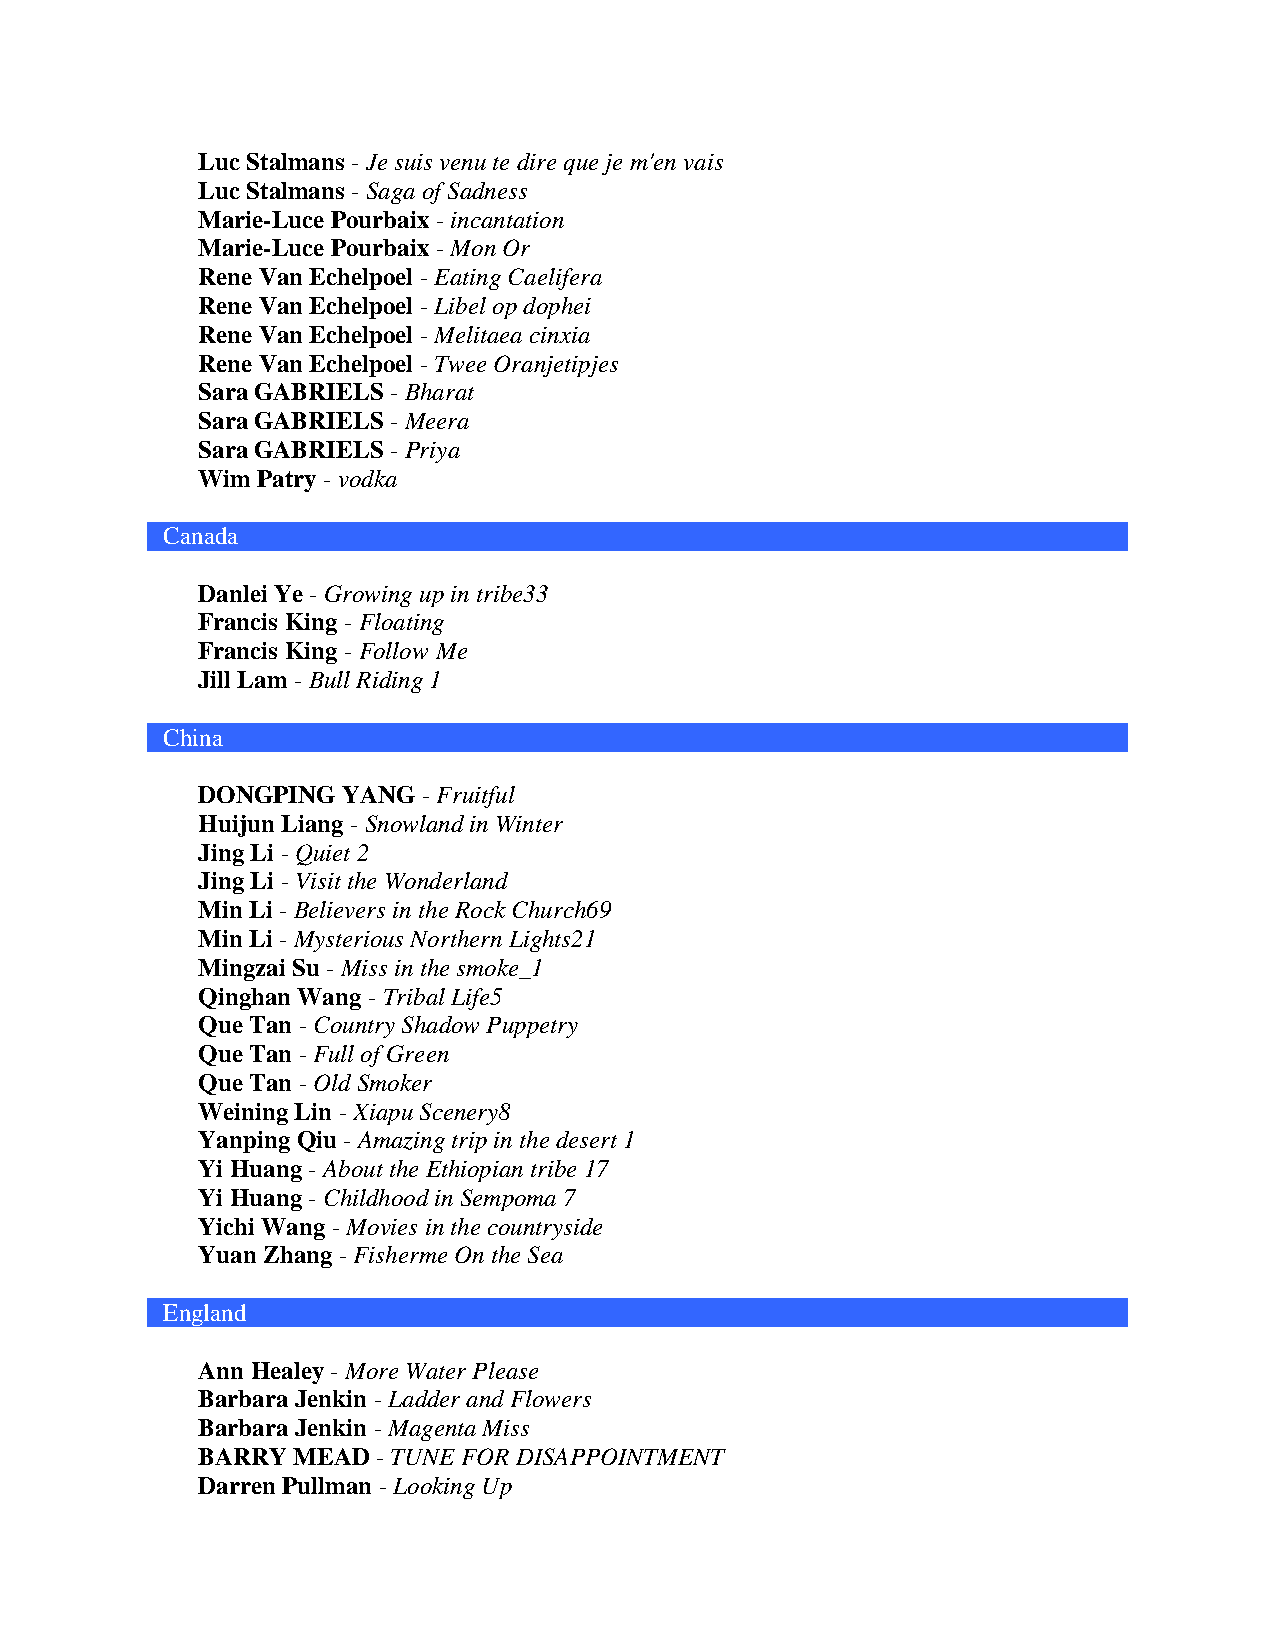
Luc Stalmans - Je suis venu te dire que je m'en vais
 Luc Stalmans - Saga of Sadness
 Marie-Luce Pourbaix - incantation
 Marie-Luce Pourbaix - Mon Or
 Rene Van Echelpoel - Eating Caelifera
 Rene Van Echelpoel - Libel op dophei
 Rene Van Echelpoel - Melitaea cinxia
 Rene Van Echelpoel - Twee Oranjetipjes
 Sara GABRIELS - Bharat
 Sara GABRIELS - Meera
 Sara GABRIELS - Priya
 Wim Patry - vodka
 Canada
 Danlei Ye - Growing up in tribe33
 Francis King - Floating
 Francis King - Follow Me
 Jill Lam - Bull Riding 1
 China
 DONGPING  YANG - Fruitful
 Huijun Liang - Snowland in Winter
 Jing Li - Quiet 2
 Jing Li - Visit the Wonderland
 Min Li - Believers in the Rock Church69
 Min Li - Mysterious Northern Lights21
 Mingzai Su - Miss in the smoke_1
 Qinghan Wang - Tribal Life5
 Que Tan - Country Shadow Puppetry
 Que Tan - Full of Green
 Que Tan - Old Smoker
 Weining Lin - Xiapu Scenery8
 Yanping Qiu - Amazing trip in the desert 1
 Yi Huang - About the Ethiopian tribe 17
 Yi Huang - Childhood in Sempoma 7
 Yichi Wang - Movies in the countryside
 Yuan Zhang - Fisherme On the Sea
 England
 Ann Healey - More Water Please
 Barbara Jenkin - Ladder and Flowers
 Barbara Jenkin - Magenta Miss
 BARRY MEAD  - TUNE FOR DISAPPOINTMENT
 Darren Pullman - Looking Up